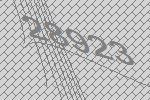
28923